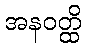
အနဝတ္ထိ